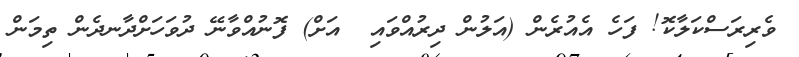
ވެރިރަސްކަލާކޮ! ފަހެ އެއުރެން (އަލުން ދިރުއްވައި  އަށް) ފޮނުއްވާނޭ ދުވަހަށްދާނދެން ތިމަން